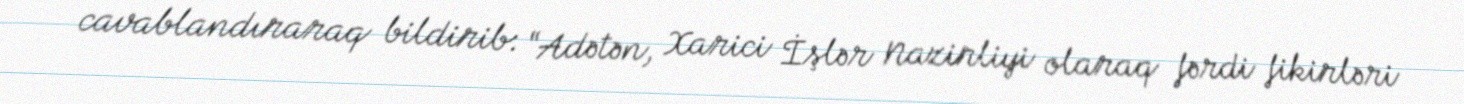
cavablandıraraq bildirib: “Adətən, Xarici İşlər Nazirliyi olaraq fərdi fikirləri